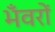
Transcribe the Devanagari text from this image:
भँवरों